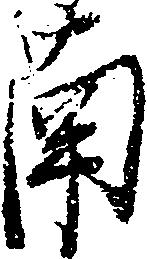
南